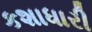
કશાધારી